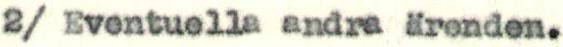
2/ Eventuella andra ärenden.